Indian journal of veterinary science and animal husbandry - Volume 14,
Year: 1944
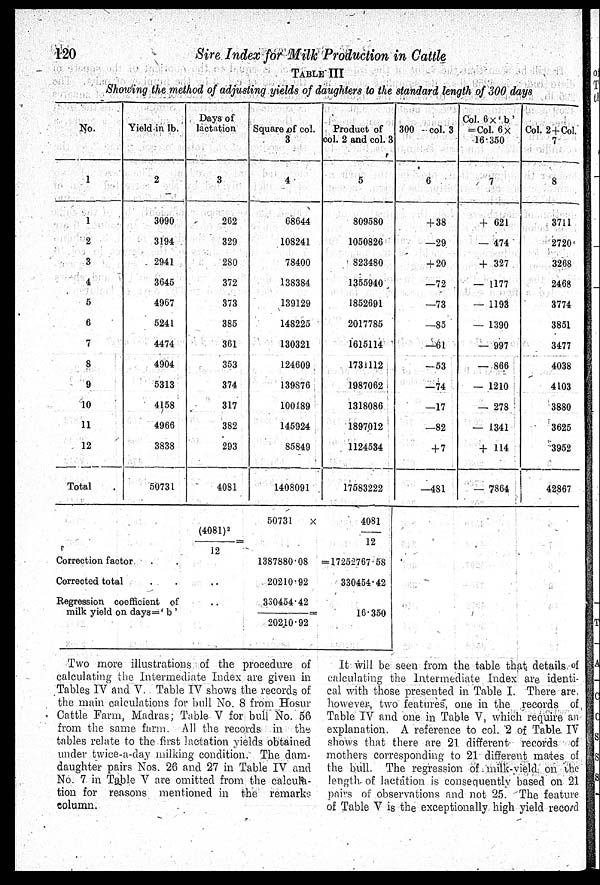
120
Sire Index for Milk Production in Cattle
TABLE III
Showing the method of adjusting yields of daughters to the standard length of 300 days
No.
1
1
2
3
4
5
6
7
8
9
10
11
12
Total
Yield in lb.
2
3090
3194
2941
3645
4967
5241
4474
4904
5313
4158
4966
3838
50731
Days of
lactation
3
262
329
280
372
373
385
361
353
374
317
382
293
4081
Square of col.
3
4
68644
108241
78400
138384
139129
148225
130321
124609
139876
100189
145924
85849
1408091
Product of
col. 2 and col. 3
5
809580
1050826
823480
1355940
1852691
2017785
1615114
1731112
1987062
1318086
1897012
1124534
17583222
300 - col. 3
6
+38
—29
+20
—72
—73
—85
—61
-53
—74
—17
—82
+7
—481
Col. 6×'b'
=Col. 6×
16.350
7
+621
—474
+327
—1177
—1193
—1390
—997
—866
—1210
—278
—1341
+114
—7864
Col. 2+Col
7
8
3711
2720
3268
2468
3774
3851
3477
4038
4103
3880
3625
3952
42867
Correction factor . .
Corrected total . .
Regression coefficient of
milk yield on days='b'
(4081) 2 /
12
..
..
50731
X
1387880.08
20210.92
330454.42/
20210.92
4081/
12
= 17252767.58
330454.42
16.350
Two more illustrations of the procedure of
calculating the Intermediate Index are given in
Tables IV and V. Table IV shows the records of
the main calculations for bull No. 8 from Hosur
Cattle Farm, Madras; Table V for bull No. 56
from the same farm. All the records in the
tables relate to the first lactation yields obtained
under twice-a-day milking condition. The dam-
daughter pairs Nos. 26 and 27 in Table IV and
No. 7 in Table V are omitted from the calcula-
tion for reasons mentioned in the remarks
column.
It will be seen from the table that details of
calculating the Intermediate Index are identi-
cal with those presented in Table I. There are,
however, two features, one in the records of
Table IV and one in Table V, which require an
explanation. A reference to col. 2 of Table. IV
shows that there are 21. different records of
mothers corresponding to 21" different mates of
the bull. The regression of milk-vield on the
length of lactation is consequently based on 21
pairs of observations and not 25. The feature
of Table V is the exceptionally high yield record